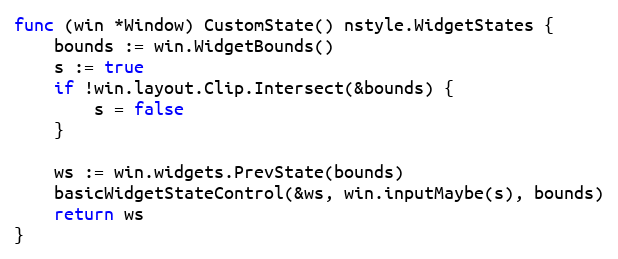
Language: Go
func (win *Window) CustomState() nstyle.WidgetStates {
	bounds := win.WidgetBounds()
	s := true
	if !win.layout.Clip.Intersect(&bounds) {
		s = false
	}

	ws := win.widgets.PrevState(bounds)
	basicWidgetStateControl(&ws, win.inputMaybe(s), bounds)
	return ws
}